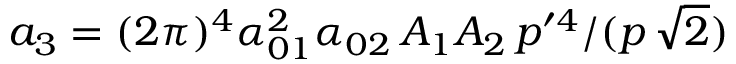
a _ { 3 } = ( 2 \pi ) ^ { 4 } \alpha _ { 0 1 } ^ { 2 } \alpha _ { 0 2 } \, { \cal A } _ { 1 } { \cal A } _ { 2 } \, p ^ { \prime 4 } / ( p \, \sqrt 2 )